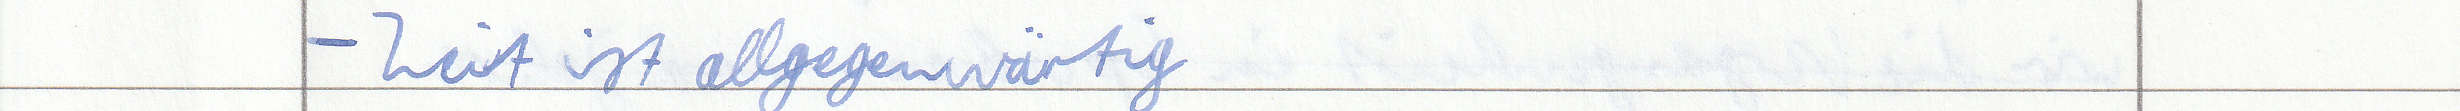
- Zeit ist allgegenwärtig